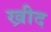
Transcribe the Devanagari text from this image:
ख्रीद